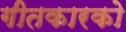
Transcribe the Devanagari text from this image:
गीतकारको